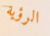
الرؤية